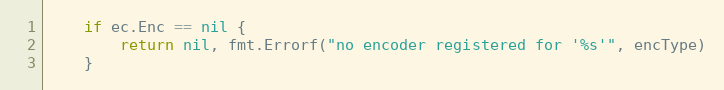
Language: Go
	if ec.Enc == nil {
		return nil, fmt.Errorf("no encoder registered for '%s'", encType)
	}